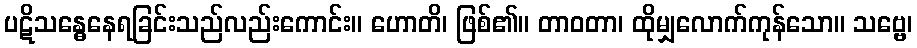
ပဋိသန္ဓေနေရခြင်းသည်လည်းကောင်း။ ဟောတိ၊ ဖြစ်၏။ တာဝတာ၊ ထိုမျှလောက်ကုန်သော။ သဗ္ဗေ၊